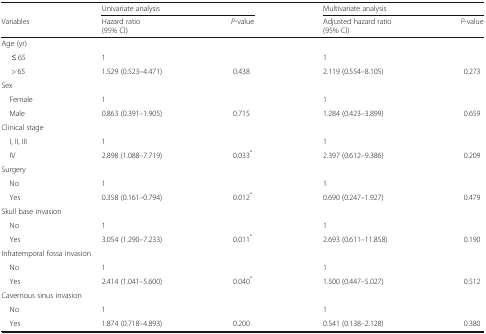
<table><thead><tr><td></td><td colspan="2"><b>Univariate analysis</b></td><td colspan="2"><b>Multivariate analysis</b></td></tr><tr><td><b>Variables</b></td><td><b>Hazard ratio (95% CI)</b></td><td><b><i>P</i>-value</b></td><td><b>Adjusted hazard ratio (95% CI)</b></td><td><b><i>P</i>-value</b></td></tr></thead><tbody><tr><td colspan="5">Age (yr)</td></tr><tr><td>≤ 65</td><td>1</td><td></td><td>1</td><td></td></tr><tr><td>&gt; 65</td><td>1.529 (0.523–4.471)</td><td>0.438</td><td>2.119 (0.554–8.105)</td><td>0.273</td></tr><tr><td colspan="5">Sex</td></tr><tr><td> Female</td><td>1</td><td></td><td>1</td><td></td></tr><tr><td> Male</td><td>0.863 (0.391–1.905)</td><td>0.715</td><td>1.284 (0.423–3.899)</td><td>0.659</td></tr><tr><td colspan="5">Clinical stage</td></tr><tr><td> I, II, III</td><td>1</td><td></td><td>1</td><td></td></tr><tr><td> IV</td><td>2.898 (1.088–7.719)</td><td>0.033<sup>*</sup></td><td>2.397 (0.612–9.386)</td><td>0.209</td></tr><tr><td colspan="5">Surgery</td></tr><tr><td> No</td><td>1</td><td></td><td>1</td><td></td></tr><tr><td> Yes</td><td>0.358 (0.161–0.794)</td><td>0.012<sup>*</sup></td><td>0.690 (0.247–1.927)</td><td>0.479</td></tr><tr><td colspan="5">Skull base invasion</td></tr><tr><td> No</td><td>1</td><td></td><td>1</td><td></td></tr><tr><td> Yes</td><td>3.054 (1.290–7.233)</td><td>0.011<sup>*</sup></td><td>2.693 (0.611–11.858)</td><td>0.190</td></tr><tr><td colspan="5">Infratemporal fossa invasion</td></tr><tr><td> No</td><td>1</td><td></td><td>1</td><td></td></tr><tr><td> Yes</td><td>2.414 (1.041–5.600)</td><td>0.040<sup>*</sup></td><td>1.500 (0.447–5.027)</td><td>0.512</td></tr><tr><td colspan="5">Cavernous sinus invasion</td></tr><tr><td> No</td><td>1</td><td></td><td>1</td><td></td></tr><tr><td> Yes</td><td>1.874 (0.718–4.893)</td><td>0.200</td><td>0.541 (0.138–2.128)</td><td>0.380</td></tr></tbody></table>